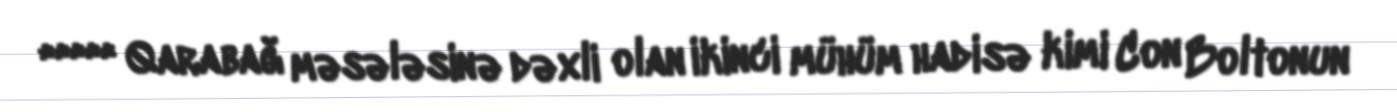
***** Qarabağ məsələsinə dəxli olan ikinci mühüm hadisə kimi Con Boltonun